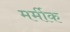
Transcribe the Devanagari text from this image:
मर्मीक